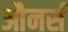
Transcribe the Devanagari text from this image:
औनर्स